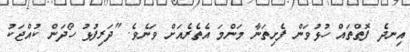
އިނދެ ފޮތްތައް ހުޅުވަން ފެށިތަނާ މަންމަ އެތެރެއަށް ވަނެވެ. "ދަރިފުޅު ހޯދަން ކުއްޖަކު